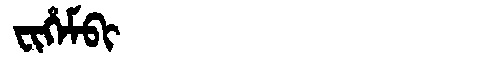
Manchu: ᠸᡳᡥᡝᠮᠪᡳ
Romanization: FIHEMBI